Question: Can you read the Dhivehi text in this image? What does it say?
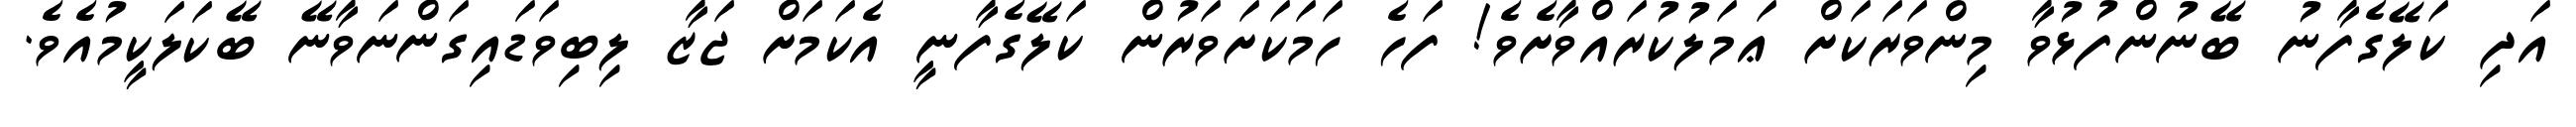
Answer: އަދި ކަލޭގެފާނު ބޭނުންފުޅުވާ މިންވަރަކަށް ޢަމަލުކުރައްވާށެވެ! ފަހެ ހަމަކަށަވަރުން ކަލޭގެފާނީ އެކަމަށް ޖަޒާ ލިބިވަޑައިގަންނަވާނޭ ބޭކަލަކީމުއެވެ.